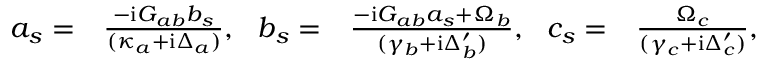
\begin{array} { r l r l } { a _ { s } = } & { \frac { - \mathrm { i } G _ { a b } b _ { s } } { ( \kappa _ { a } + \mathrm { i } \Delta _ { a } ) } , \ \ b _ { s } = } & { \frac { - \mathrm { i } G _ { a b } a _ { s } + \Omega _ { b } } { ( \gamma _ { b } + \mathrm { i } \Delta _ { b } ^ { \prime } ) } , \ \ c _ { s } = } & { \frac { \Omega _ { c } } { ( \gamma _ { c } + \mathrm { i } \Delta _ { c } ^ { \prime } ) } , } \end{array}